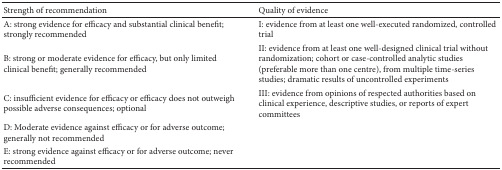
| Strength of recommendation | Quality of evidence |
 | --- | --- |
 | A: strong evidence for efficacy and substantial clinical benefit; strongly recommended | I: evidence from at least one well-executed randomized, controlled trial |
 | B: strong or moderate evidence for efficacy, but only limited clinical benefit; generally recommended | II: evidence from at least one well-designed clinical trial without randomization; cohort or case-controlled analytic studies (preferable more than one centre), from multiple time-series studies; dramatic results of uncontrolled experiments |
 | C: insufficient evidence for efficacy or efficacy does not outweigh possible adverse consequences; optional | III: evidence from opinions of respected authorities based on clinical experience, descriptive studies, or reports of expert committees |
 | D: Moderate evidence against efficacy or for adverse outcome; generally not recommended |  |
 | E: strong evidence against efficacy or for adverse outcome; never recommended |  |